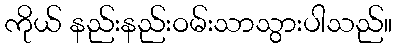
ကိုယ် နည်းနည်းဝမ်းသာသွားပါသည်။